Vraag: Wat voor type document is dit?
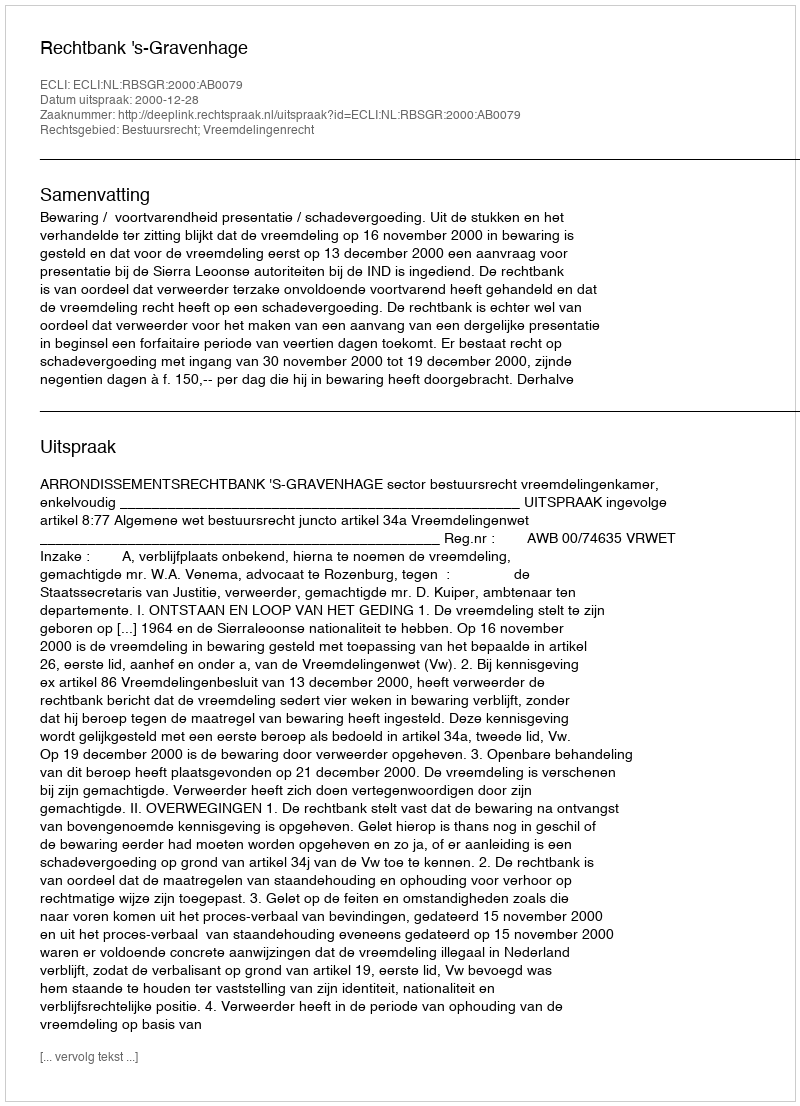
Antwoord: Uitspraak